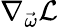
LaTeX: \nabla_{\vec{\omega}}\mathcal{L}